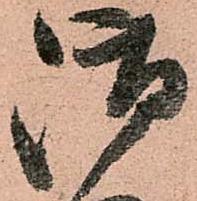
御